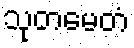
သုတမေတံ